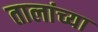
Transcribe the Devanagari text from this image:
तालांच्या